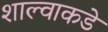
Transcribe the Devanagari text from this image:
शाल्वाकडे